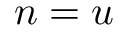
n = u